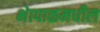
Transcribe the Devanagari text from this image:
भेापाळमधील